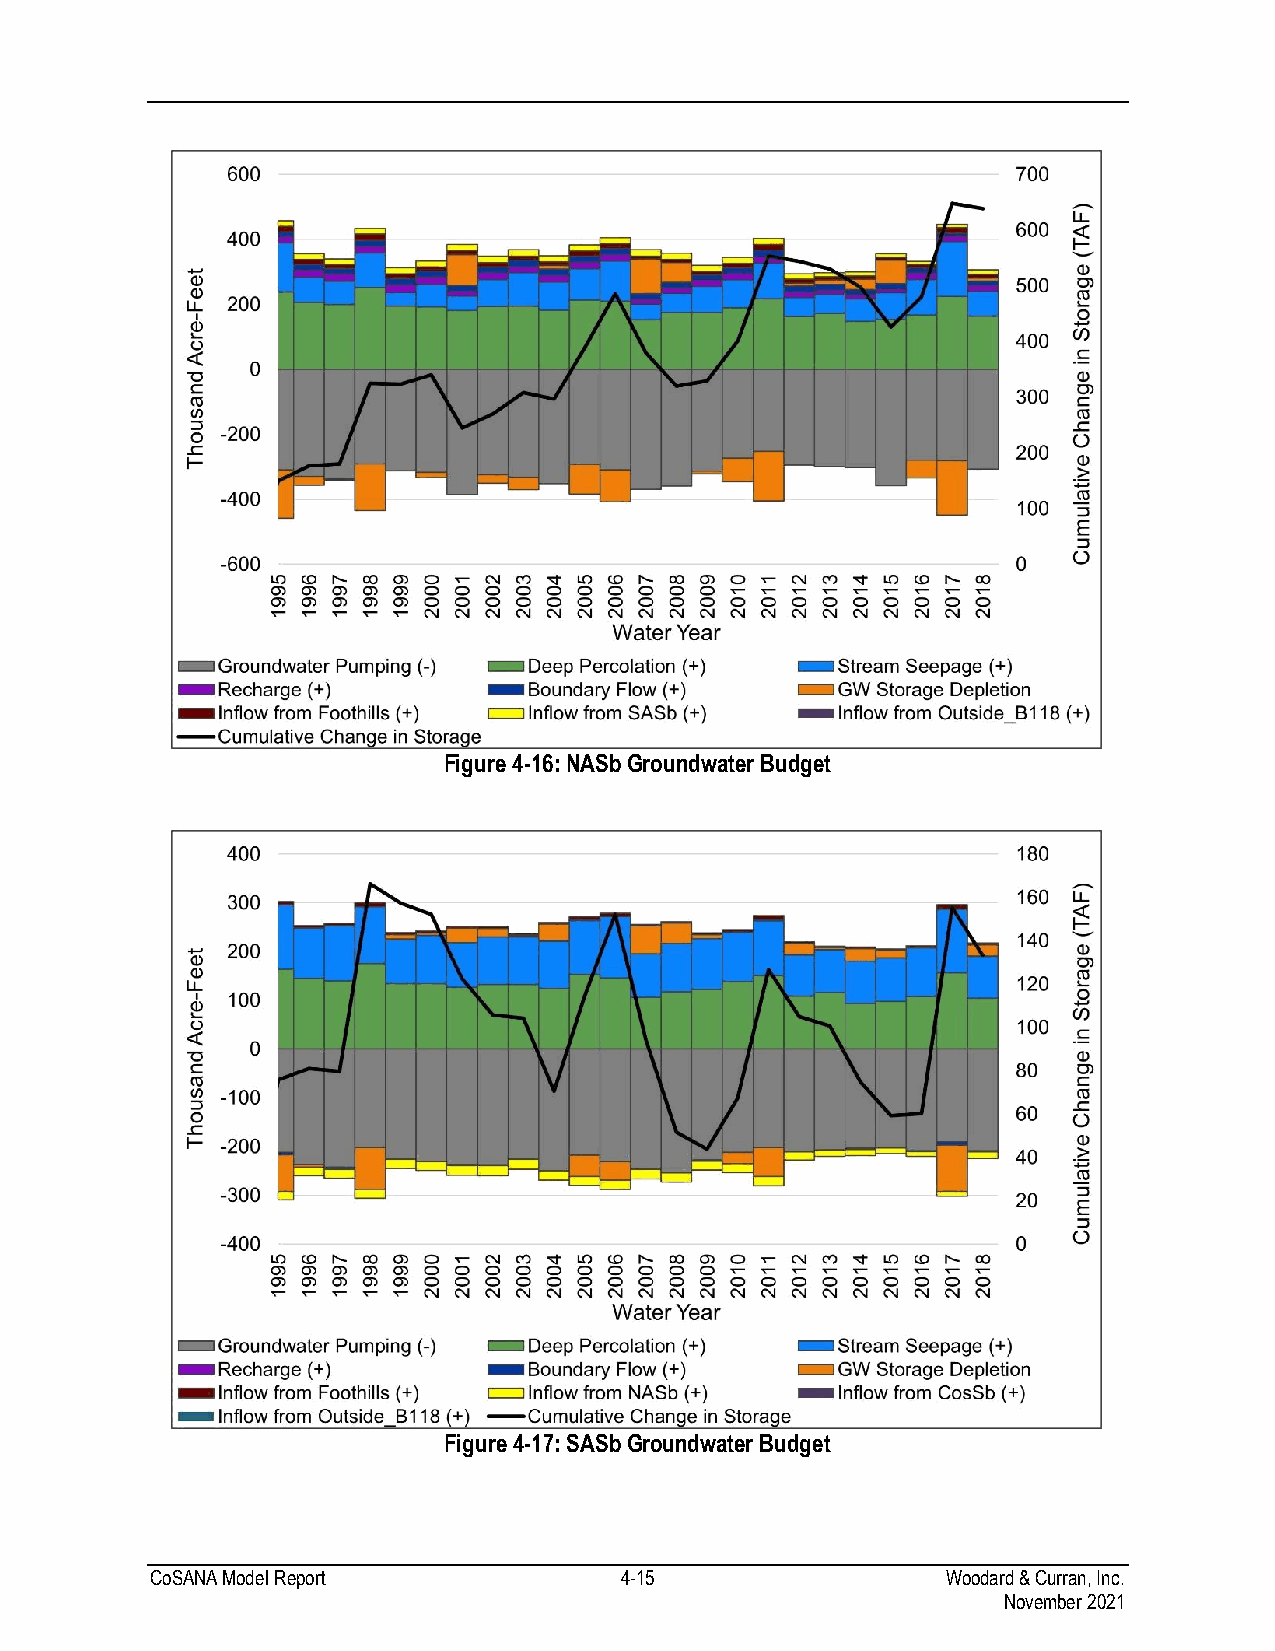
Figure 4-16: NASb Groundwater Budget
 Figure 4-17: SASb Groundwater Budget
 CoSANA Model Report            4-15                  Woodard & Curran, Inc.
 November 2021